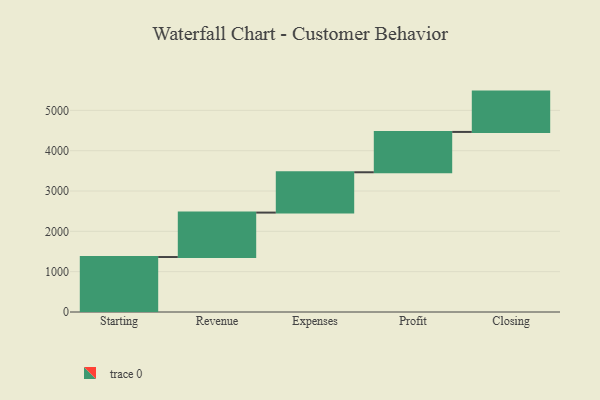
{"axis": {"x": "Step", "y": "Value"}, "legend": [""], "data": [{"x": "Starting", "y": 1363.0, "type": ""}, {"x": "Revenue", "y": 1102.0, "type": ""}, {"x": "Expenses", "y": 1000, "type": ""}, {"x": "Profit", "y": 1000, "type": ""}, {"x": "Closing", "y": 1000, "type": ""}]}